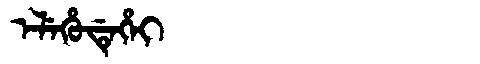
Manchu: ᡝᠯᡝᡥᡠᡩᡝᡥᡝᡳ
Romanization: ELEHUDEHEI